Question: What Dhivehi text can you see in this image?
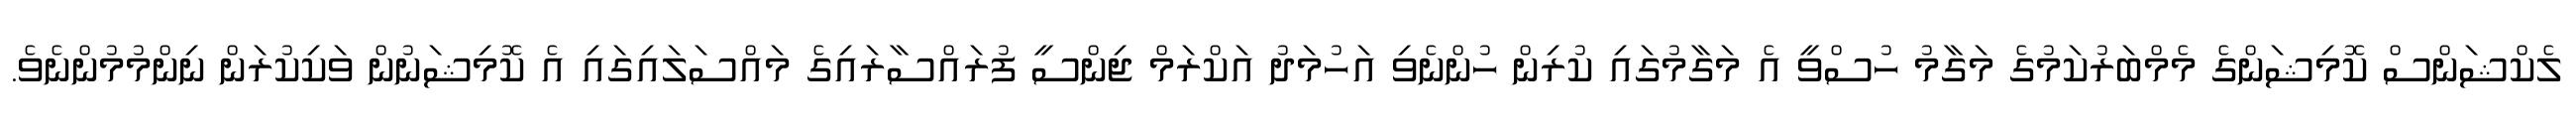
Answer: ލެކްޝަންސް ކޮމިޝަންގެ މެމްބަރުކަމުގެ މަގާމު ހުސްވީ އެ މަގާމުގައި ކުރިން ހުންނެވި އަހުމަދު އަކްރަމް ޖިންސީ ފުރައްސާރައިގެ މައްސަލައިގައި އެ ކޮމިޝަނުން ވަކިކުރަން ނިންމުމުންނެވެ.